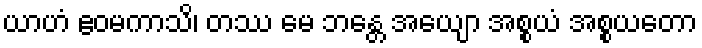
ယာဟံ ဧဝမကာသိ၊ တဿ မေ ဘန္တေ အယျော အစ္စယံ အစ္စယတော